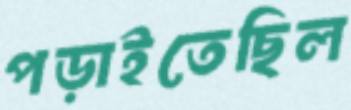
পড়াইতেছিল